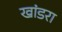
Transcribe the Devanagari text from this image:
खांडरा